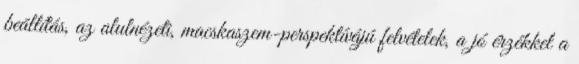
beállítás, az alulnézeti, macskaszem-perspektívájú felvételek, a jó érzékkel a